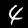
Label: 4